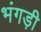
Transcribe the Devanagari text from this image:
भंगड़ी